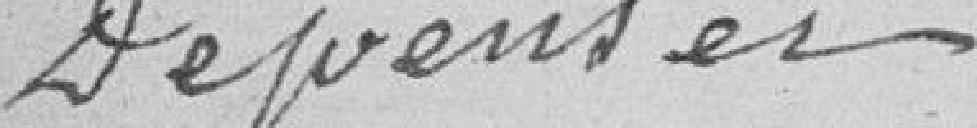
Dépenses